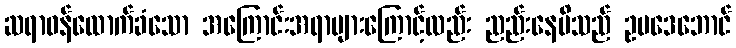
ဆရာဝန်ထောက်ခံသော အကြောင်းအရာများကြောင့်လည်း ညည်းနေမိသည် ဥပဒေဘောင်